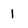
Character: 1